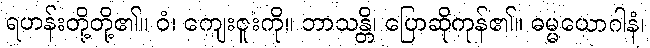
ရဟန်းတို့တို့၏။ ဝံ၊ ကျေးဇူးကို။ ဘာသန္တိ၊ ပြောဆိုကုန်၏။ ဓမ္မယောဂါနံ၊